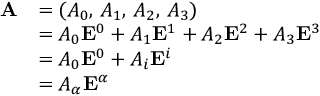
{ \begin{array} { r l } { \mathbf { A } } & { = ( A _ { 0 } , \, A _ { 1 } , \, A _ { 2 } , \, A _ { 3 } ) } \\ & { = A _ { 0 } \mathbf { E } ^ { 0 } + A _ { 1 } \mathbf { E } ^ { 1 } + A _ { 2 } \mathbf { E } ^ { 2 } + A _ { 3 } \mathbf { E } ^ { 3 } } \\ & { = A _ { 0 } \mathbf { E } ^ { 0 } + A _ { i } \mathbf { E } ^ { i } } \\ & { = A _ { \alpha } \mathbf { E } ^ { \alpha } } \end{array} }